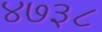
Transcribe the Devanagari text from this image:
४७३८